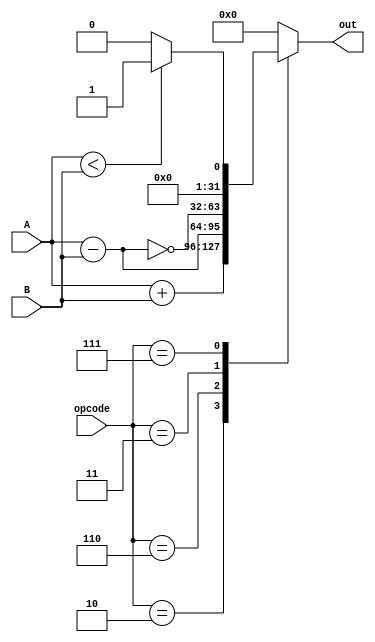
module arithmetic (A, B, opcode, out);
    input[31:0] A, B;
    input [2:0] opcode;
    output [31:0] out;
    reg [31:0] out;

    parameter add = 3'b010, sub = 3'b110, slt = 3'b111, bne = 3'b011;

    always @ (A or B or opcode) begin
        casex (opcode)
            add: out = A + B;
            sub: out = A - B;
            bne: out = ~(A - B);
            slt: out = (A < B) ? 1 : 0;
            default: out = 31'b0;
        endcase
    end

endmodule